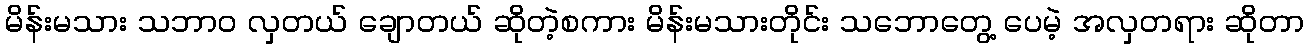
မိန်းမသား သဘာဝ လှတယ် ချောတယ် ဆိုတဲ့စကား မိန်းမသားတိုင်း သဘောတွေ့ ပေမဲ့ အလှတရား ဆိုတာ